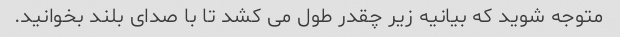
متوجه شوید که بیانیه زیر چقدر طول می کشد تا با صدای بلند بخوانید.